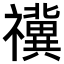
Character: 𥜥